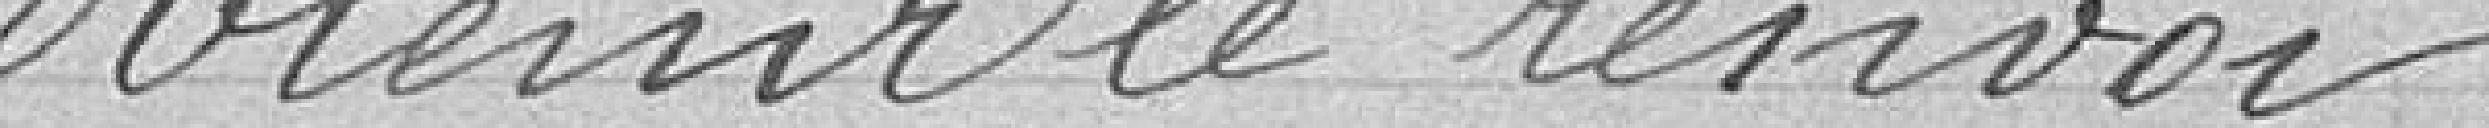
obtenir renvoi